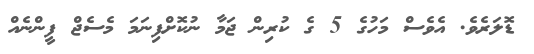
ޑޮލަރެވެ. އެވެސް މަހުގެ 5 ގެ ކުރިން ޖަމާ ނުކޮށްފިނަމަ މެސެޖް ފީންނެއް